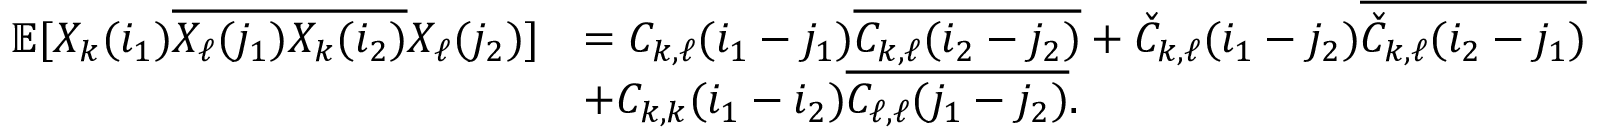
\begin{array} { r l } { \mathbb E [ X _ { k } ( i _ { 1 } ) \overline { { X _ { \ell } ( j _ { 1 } ) X _ { k } ( i _ { 2 } ) } } X _ { \ell } ( j _ { 2 } ) ] } & { = C _ { k , \ell } ( i _ { 1 } - j _ { 1 } ) \overline { { C _ { k , \ell } ( i _ { 2 } - j _ { 2 } ) } } + \check { C } _ { k , \ell } ( i _ { 1 } - j _ { 2 } ) \overline { { \check { C } _ { k , \ell } ( i _ { 2 } - j _ { 1 } ) } } } \\ & { + C _ { k , k } ( i _ { 1 } - i _ { 2 } ) \overline { { C _ { \ell , \ell } ( j _ { 1 } - j _ { 2 } ) } } . } \end{array}